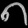
Digit: ၈